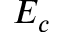
E _ { c }